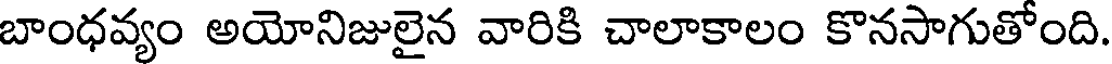
బాంధవ్యం అయోనిజులైన వారికి చాలాకాలం కొనసాగుతోంది.